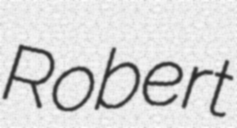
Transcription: Robert